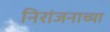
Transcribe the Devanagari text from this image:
निरांजनाच्या